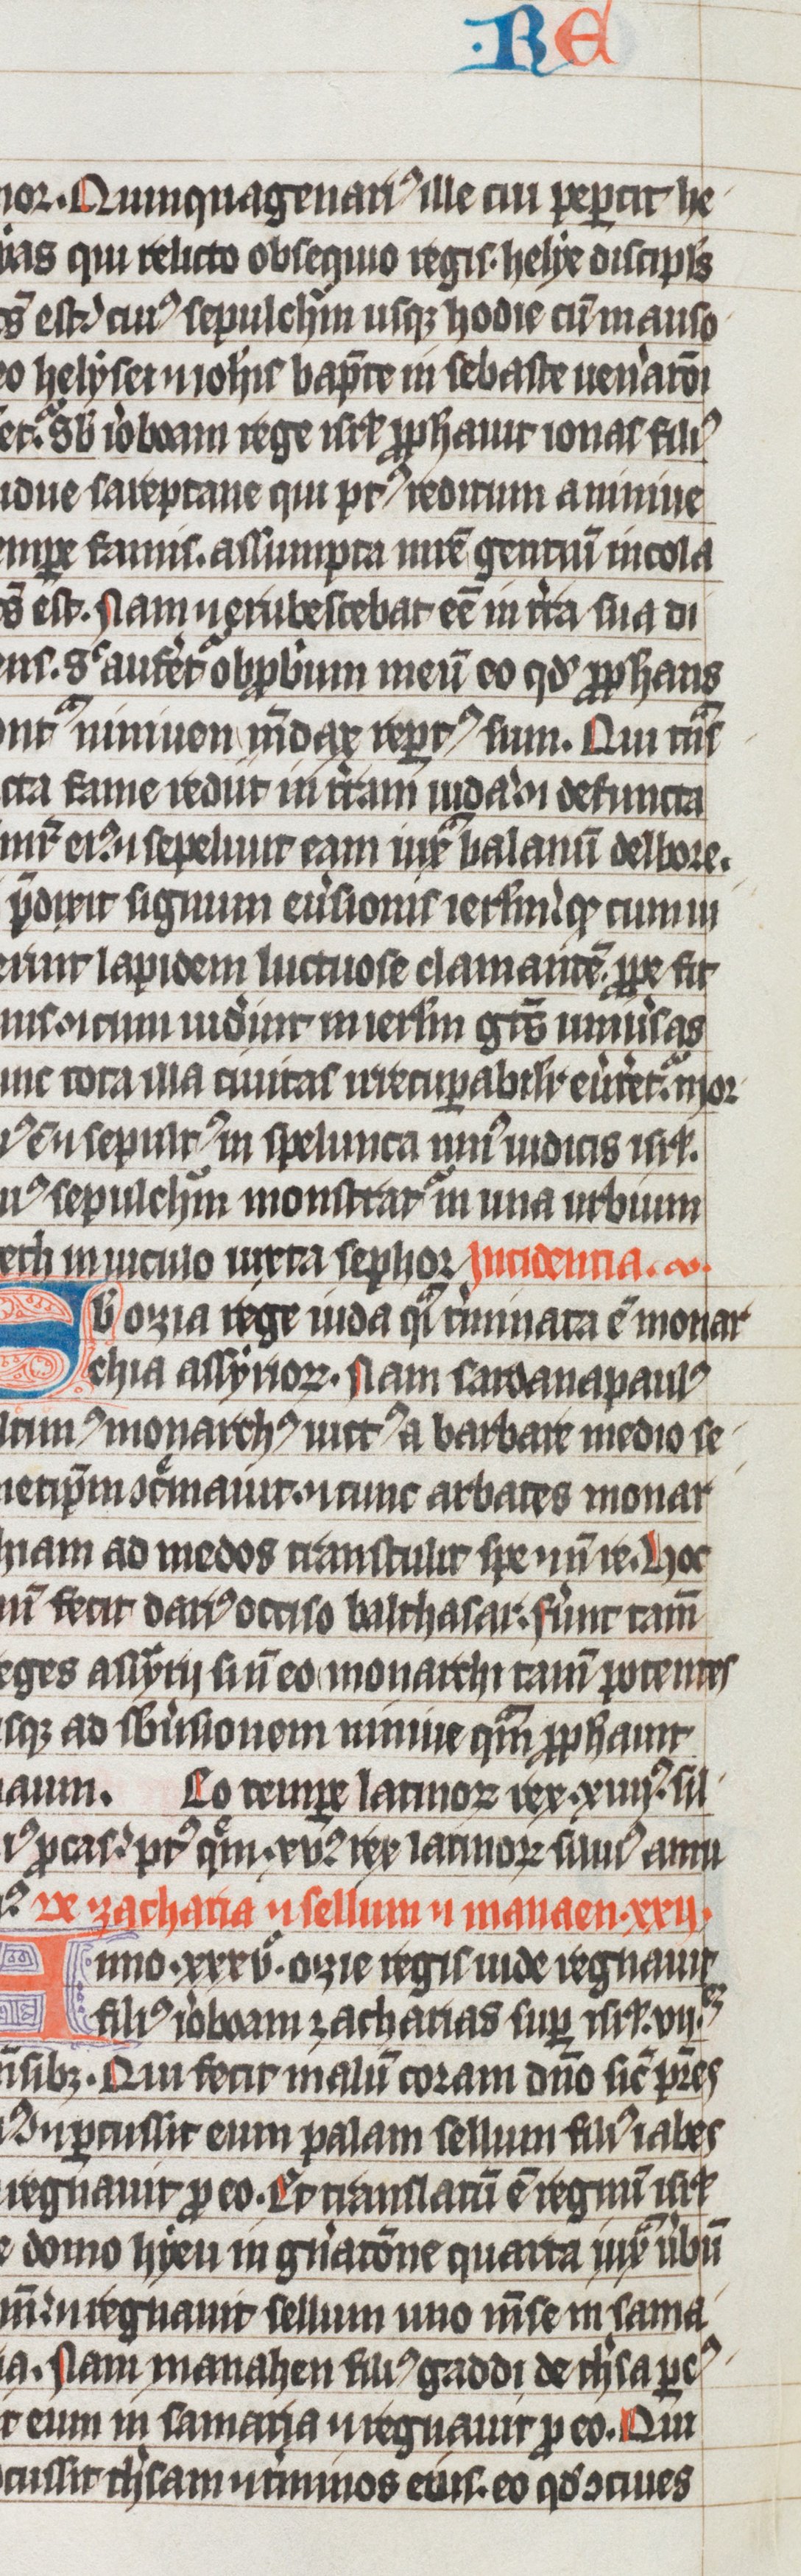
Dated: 1325–1349